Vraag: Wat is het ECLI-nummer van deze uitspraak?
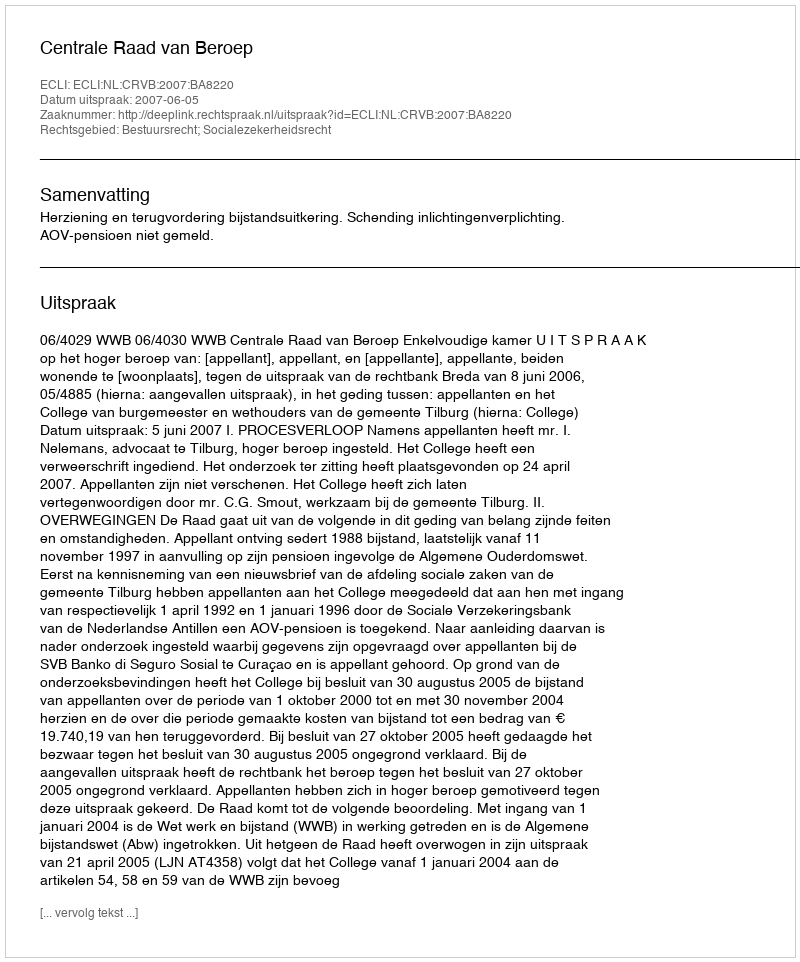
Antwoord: ECLI:NL:CRVB:2007:BA8220